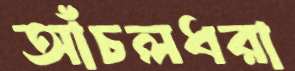
আঁচলধরা